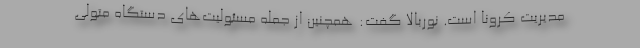
مدیریت کرونا است. نوربالا گفت: همچنین از جمله مسئولیت‌های دستگاه متولی